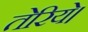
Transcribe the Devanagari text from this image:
तेरिये।